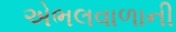
એભલવાળાની